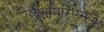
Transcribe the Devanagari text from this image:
एक्सपिरिएंसेज